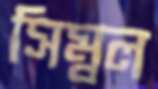
সিম্বল